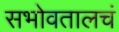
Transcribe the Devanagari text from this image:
सभोवतालचं